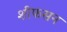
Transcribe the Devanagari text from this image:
शीफसन